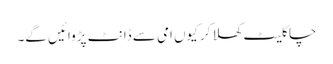
چاکلیٹ کھلا کر کیوں امی سے ڈانٹ پڑوائیں گے۔